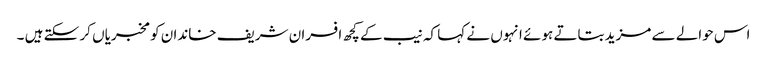
اس حوالے سے مزید بتاتے ہوئے انہوں نے کہا کہ نیب کے کچھ افسران شریف خاندان کو مخبریاں کر سکتے ہیں ۔